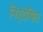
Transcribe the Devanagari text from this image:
निर्देषित